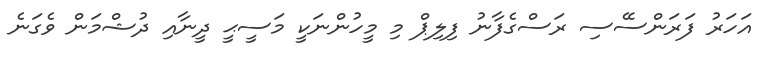
އަހަރު ފަރަންސޭސި ރަސްގެފާނު ފިލިޕް މި މީހުންނަކީ މަސީޙީ ދީނާއި ދުޝްމަން ވެގަނެ